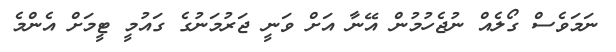
ނަމަވެސް ގޯލެއް ނުޖެހުމުން އޭނާ އަށް ވަނީ ޖަރުމަނުގެ ގައުމީ ޓީމަށް އެންމެ